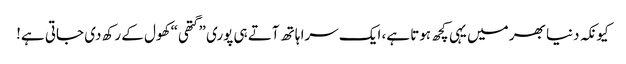
کیونکہ دنیا بھر میں یہی کچھ ہوتا ہے، ایک سرا ہاتھ آتے ہی پوری ”گتھی“ کھول کے رکھ دی جاتی ہے!